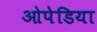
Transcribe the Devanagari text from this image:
ओपेडिया